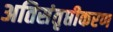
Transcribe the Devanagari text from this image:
अतिसंतृप्तीकरण